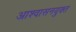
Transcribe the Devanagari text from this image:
आश्वासनयुक्त